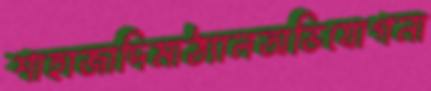
শাহাজাদিমাঠ্যালঅভিযোগনা